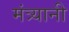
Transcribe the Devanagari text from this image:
मंत्र्यानी